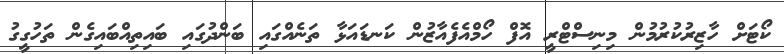
ކޯޓަށް ހާޒިރުކުރުމުން މިނިސްޓްރީ އޮފް ހޯމްއެފެއާޒުން ކަނޑައަޅާ ތަނެއްގައި ބަންދުގައި ބައިތިއްބައިގެން ތަހުގީގު